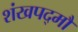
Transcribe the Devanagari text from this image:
शंखपद्मौ